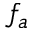
f _ { a }